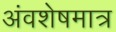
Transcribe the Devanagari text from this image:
अंवशेषमात्र